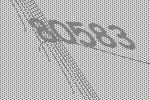
80583